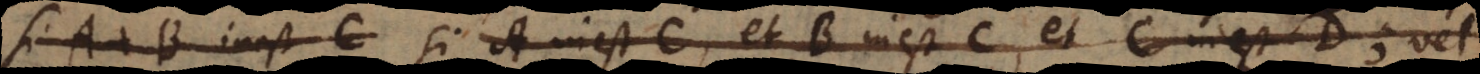
si A + B inest C (c) si A inest C, et B inest C, et C inest D; vel